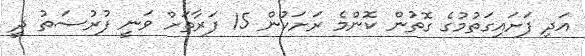
އަދި ފަށައިގަތުމުގެ ގޮތުން ކޮންމެ ރަށަކުން 15 ފަރާތަށް ވަނީ ފުރުސަތު ދީ